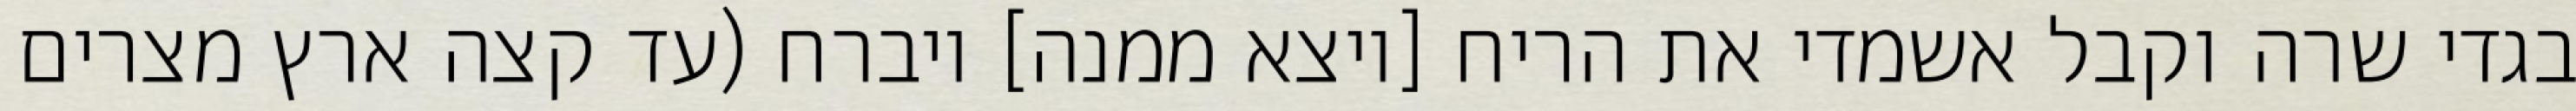
בגדי שרה וקבל אשמדי את הריח [ויצא ממנה] ויברח (עד קצה ארץ מצרים